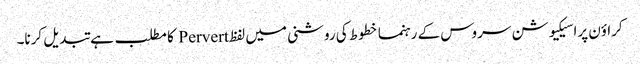
کراؤن پراسیکیوشن سروس کے رہنما خطوط کی روشنی میں لفظ Pervert کا مطلب ہے تبدیل کرنا۔